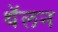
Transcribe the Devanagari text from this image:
थॅलन